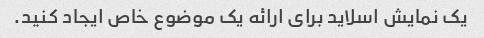
یک نمایش اسلاید برای ارائه یک موضوع خاص ایجاد کنید.